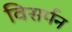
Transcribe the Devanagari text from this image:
विसर्पन